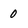
Character: 0